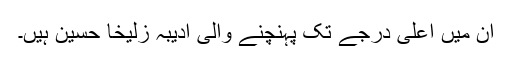
ان میں اعلیٰ درجے تک پہنچنے والی ادیبہ زُلیخا حُسین ہیں۔